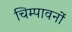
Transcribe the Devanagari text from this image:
चिम्पावनों